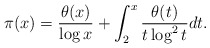
\begin{align*} \pi(x)=\frac{\theta(x)}{\log x}+\int_2^x \frac{\theta(t)}{t\log^2 t}dt. \end{align*}